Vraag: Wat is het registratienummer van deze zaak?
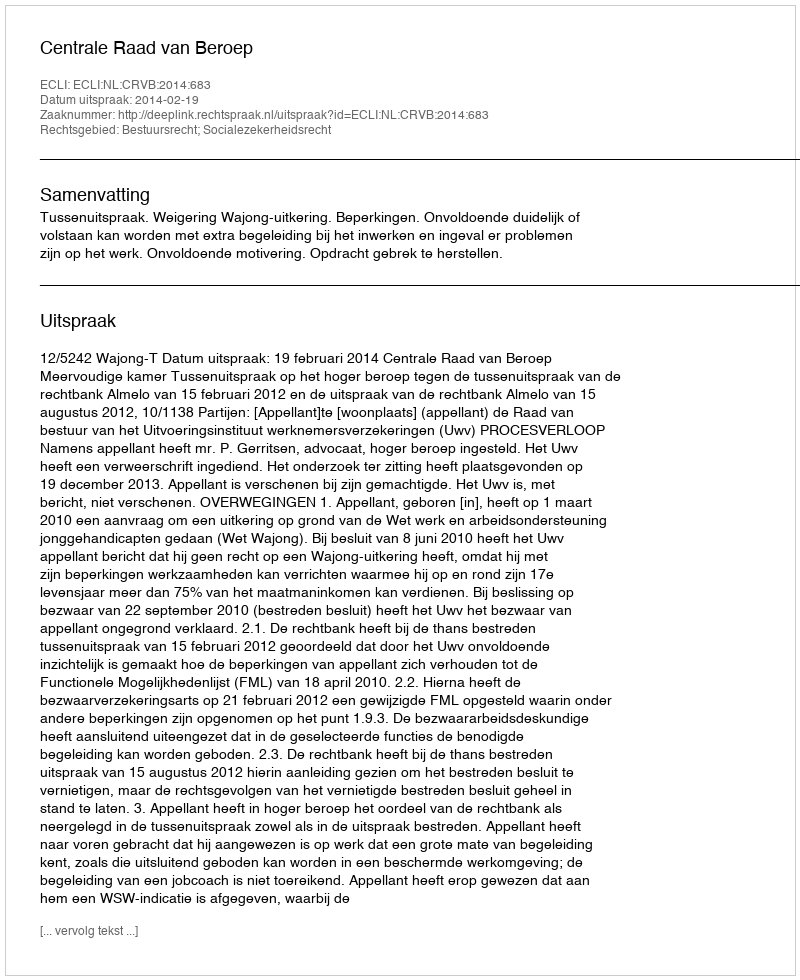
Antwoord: http://deeplink.rechtspraak.nl/uitspraak?id=ECLI:NL:CRVB:2014:683